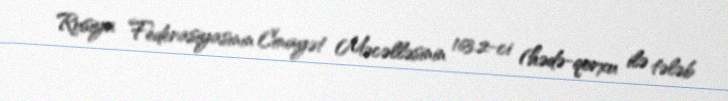
Rusiya Federasiyasının Cinayət Məcəlləsinin 163.2-ci (hədə-qorxu ilə tələb